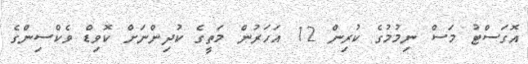
އޮގަަސްޓު މަސް ނިމުމުގެ ކުރިން 12 އަހަރުން މަތީގެ ކުދިންނަށް ކޮވިޑް ވެކްސިންގެ